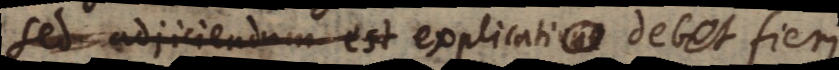
Sed adjiciendum est explicatione facta